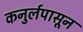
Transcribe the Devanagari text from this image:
कनुर्लपासून